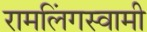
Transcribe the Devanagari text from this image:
रामलिंगस्वामी